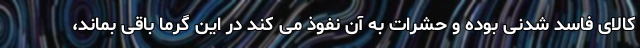
کالای فاسد شدنی بوده و حشرات به آن نفوذ می کند در این گرما باقی بماند،